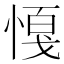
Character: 𢟟